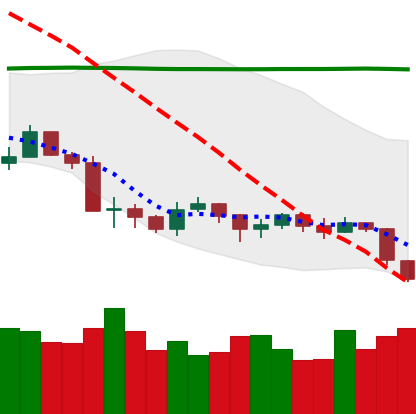
Ticker: LTC-USD
Chart end date: 2019-08-29
Forward return: 7.849%
Label: up_7plus